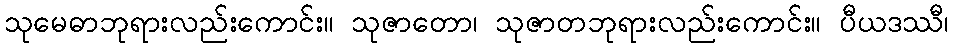
သုမေဓာဘုရားလည်းကောင်း။ သုဇာတော၊ သုဇာတဘုရားလည်းကောင်း။ ပီယဒဿီ၊